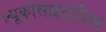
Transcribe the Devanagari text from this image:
ल्यूकोसाइटोसिस